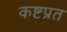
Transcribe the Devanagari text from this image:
कष्टप्रत